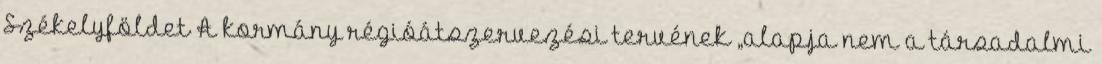
Székelyföldet A kormány régióátszervezési tervének „alapja nem a társadalmi